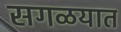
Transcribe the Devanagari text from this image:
सगळयात